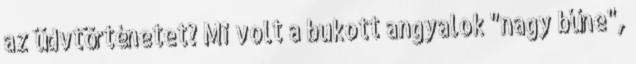
az üdvtörténetet? Mi volt a bukott angyalok "nagy bűne",